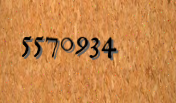
5570934